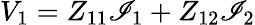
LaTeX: V_{1}=Z_{11}\mathscr{I}_{1}+Z_{12}\mathscr{I}_{2}